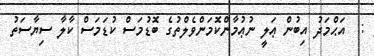
:  އަޙްމަދު އިބުން ޢަލީ ނުޢުމާންކޮމަންވެލްތުގެ ބޮޑުމަސް ކުޑަމަސް ކާލާ ސިޔާސަތު